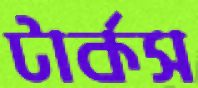
টার্কস